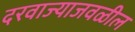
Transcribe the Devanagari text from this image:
दरवाज्याजवळील